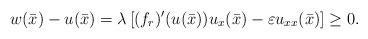
LaTeX: \begin{align*} w(\bar x) - u(\bar x) = \lambda \left[ (f_r )'(u(\bar x)) u_x(\bar x) - \varepsilon u_{xx}(\bar x)\right] \ge 0. \end{align*}